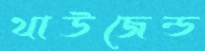
থাউজেন্ড